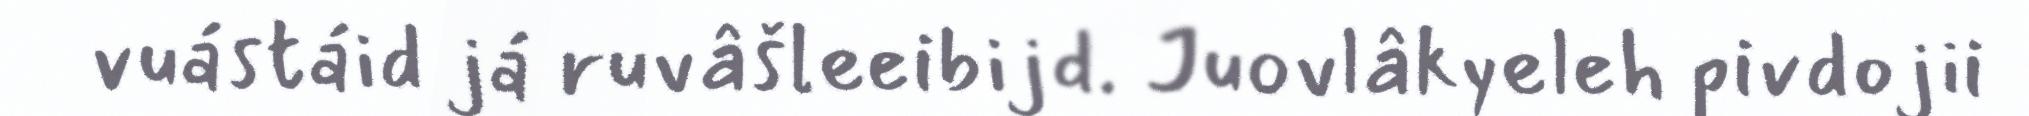
vuástáid já ruvâšleeibijd. Juovlâkyeleh pivdojii